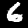
Label: 6